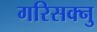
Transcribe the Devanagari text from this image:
गरिसक्नु